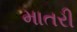
માતરી